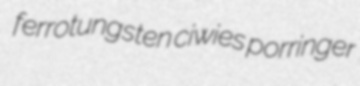
ferrotungsten ciwies porringer